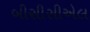
બીસીસીએલ